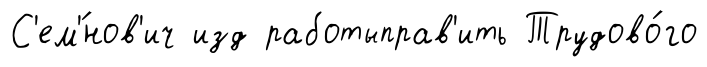
С'ем'́нов'ич изд работыправ'ить Трудово́го